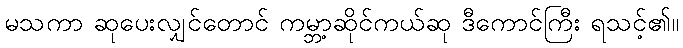
မသကာ ဆုပေးလျှင်တောင် ကမ္ဘာ့ဆိုင်ကယ်ဆု ဒီကောင်ကြီး ရသင့်၏။